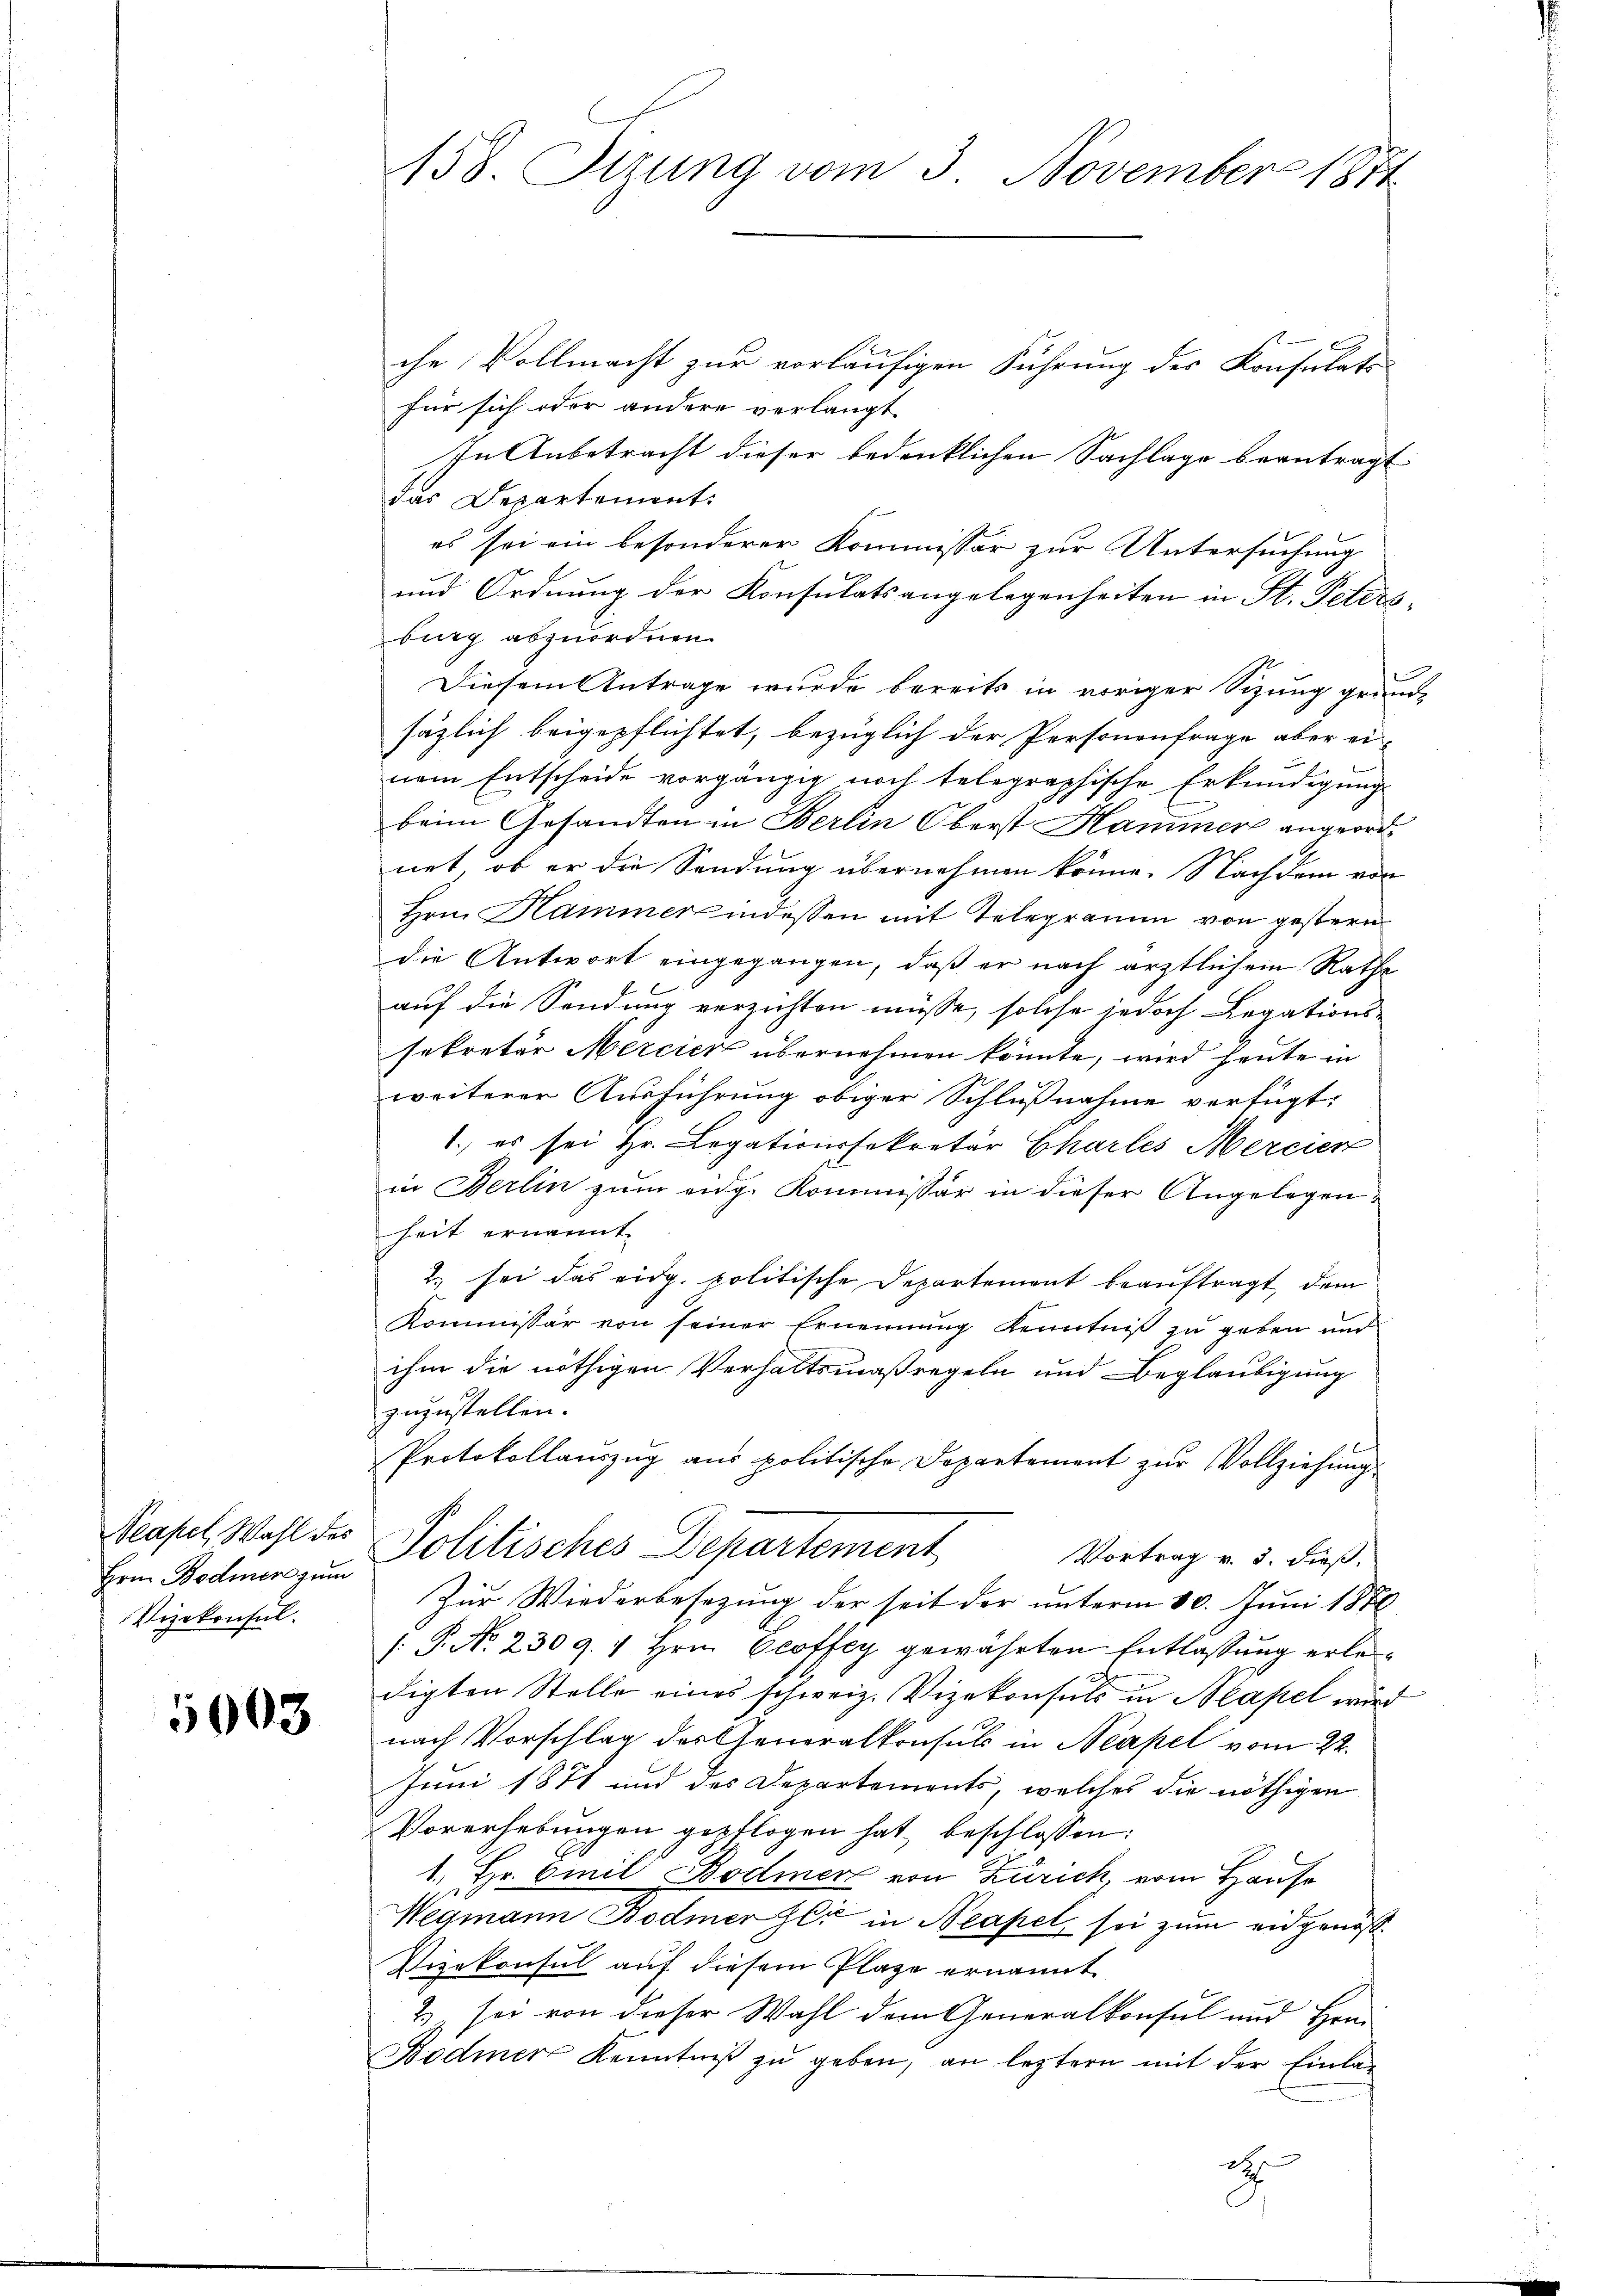
Neapel, Wahl des
Hrn. Bodmer zum
Vizekonsul

5003

158. Sitzung vom 3. November 1871

che Vollmacht zur vorläufigen Führung der Konsulate
für sich oder andere verlangt,
In Anbetracht dieser bedenklichen Sachlage beantragt
das Departement.
es sei ein besonderer Kommissär zur Untersuchung
und Ordnung der Konsulatsangelegenheiten in St. Petersburg abzuordnen.
Diesem Antrage wurde bereits in voriger Sizung grund-
säzlich beigepflichtet, bezüglich der Personenfrage aber ei-
nem Entscheide vorgängig noch telegraphische Erkundigung
beim Gesandten in Berlin Oberst Hammer angeordnet, ob er die Sendung übernehmen könne. Nachdem von
Hrn. Hammer indessen mit Telegramm von gestern
die Antwort eingegangen, daß er nach ärztlichem Rathe
auf die Sendung verzichten müsse, solche jedoch Legations-
sekretär Mercier übernehmen könnte, wird heute in
weiterer Ausführung obiger Schlußnahme verfügt:
1.) es sei Hr. Legationssekretär Charles Mercier
in Berlin zum eidg. Kommissär in dieser Angelegen
heit ernannt.
2. sei das eidg. politische Departement beauftragt, dem
Kommissär von seiner Ernennung Kenntniß zu geben und
ihm die nöthigen Verhaltsmaßregeln und Beglaubigung
zuzustellen.
Protokollauszug aus politische Departement zŭr Vollziehŭngs
Politisches Departement
Vortrag v. 3. dieß,
Zur Wiederbesezung der seit der unterm 30. Juni 1878
/: P. Nr. 2309. " Hrn. Ecoffey gewährten Entlassung erledigten Stelle eines schweiz. Vizekonsuls in Neapel wird
nach Vorschlag der Generalkonsuls in Neapel vom 22.
Juni 1871 und des Departements, welches die nöthigen
Vorerhebungen gepflogen hat, beschlossen:
1., Hr. Emil Bodmer von Zürich, vom Hause
Wegmann Bodmer Gli in Neapel, sei zum eidgenöß¬
Vizekonsul auf diesem Plaze ernannt
2) sei von dieser Wahl dem Generalkonsul und Hrn.
Bodmer Kenntniß zu geben, an leztern mit der Einla-
dt
C